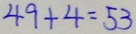
4 9 + 4 = 5 3